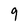
Character: 9